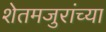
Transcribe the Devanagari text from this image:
शेतमजुरांच्या